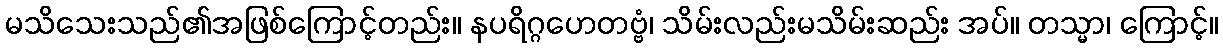
မသိသေးသည်၏အဖြစ်ကြောင့်တည်း။ နပရိဂ္ဂဟေတဗ္ဗံ၊ သိမ်းလည်းမသိမ်းဆည်း အပ်။ တသ္မာ၊ ကြောင့်။